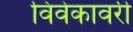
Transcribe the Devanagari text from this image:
विवेकावरी